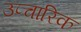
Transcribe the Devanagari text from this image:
उप्चारिक